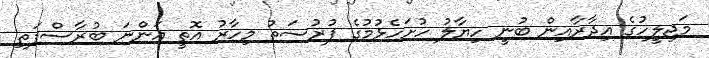
މަޖިލީހުގެ އިދާރާއިން ބުނީ ހިޔާލު ހުށަހެޅުމުގެ ފުރުސަތު މިހާރު އޮތީ އަންނަ ބުރާސްފަތި